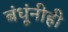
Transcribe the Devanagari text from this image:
बंधूंनीही